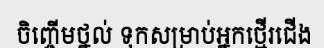
ចិញ្ចើមថ្នល់ ទុកសម្រាប់អ្នកថ្មើរជើង